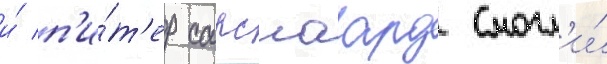
и́ п'и́т'ер сарсгаард смогл'и́